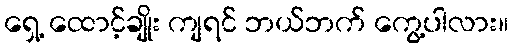
ရှေ့ ထောင့်ချိုး ကျရင် ဘယ်ဘက် ကွေ့ပါလား။